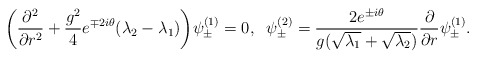
\begin{align*}\bigg(\frac{\partial^2}{\partial r^2}+\frac{g^2}{4}e^{\mp2i\theta}(\lambda_2-\lambda_1)\bigg)\psi^{(1)}_{\pm} =0, \;\;\psi^{(2)}_{\pm}=\frac{2e^{\pm i\theta}}{g(\sqrt{\lambda_1}+\sqrt{\lambda_2})}\frac{\partial}{\partial r}\psi^{(1)}_{\pm}.\end{align*}